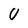
Character: 0